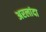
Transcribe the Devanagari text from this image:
अरलांदा